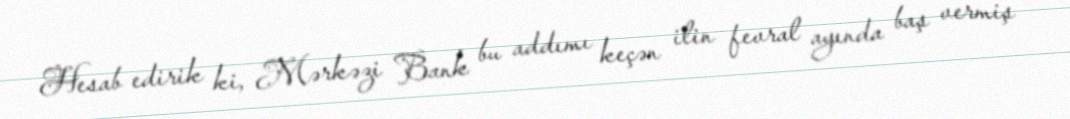
Hesab edirik ki, Mərkəzi Bank bu addımı keçən ilin fevral ayında baş vermiş